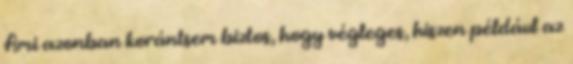
Ami azonban korántsem biztos, hogy végleges, hiszen például az